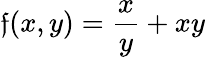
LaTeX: \mathfrak{f}(x,y)=\frac{{x}}{{y}}+xy